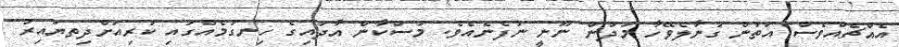
އެއްޗެއްވެސް އަތުން ގުނާލެވޭހާ މަދުން ނޫނީ ނުފެނެއެވެ. މުސްކާން އާދައިގެ ހިނގުމެއްގައި ކުރިއަށްދިތޔައިރު